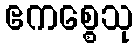
ဧကစ္စေသု